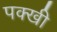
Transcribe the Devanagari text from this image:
पक्खी